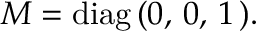
M = \mathrm { d i a g } \, ( 0 , \, 0 , \, 1 \, ) .